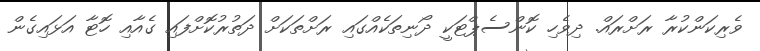
ވެރިކަންކުރާ ރަށްރައް. ދިވެހި ކޮންސެޕްޓަކީ ދޯނިތަކެއްގައި ރަށްތަކަށް ދަތުރުކޮށްފައި ގެއާއި ހޮޓާ އަޅައިގެން